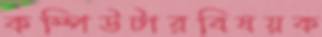
কম্পিউটারবিষয়ক